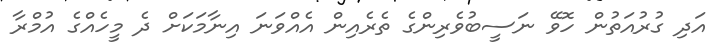
އަދި ގުރުއަތުން ހޮވޭ ނަސީބުވެރިންގެ ތެރެއިން އެއްވަނަ އިނާމަކަށް ދެ މީހެއްގެ އުމްރާ